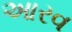
આરવ